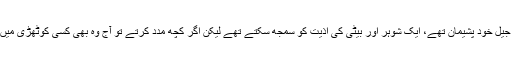
سپرینڈنٹ جیل خود پشیمان تھے، ایک شوہر اور بیٹی کی اذیت کو سمجھ سکتے تھے لیکن اگر کچھ مدد کرتے تو آج وہ بھی کسی کوٹھڑی میں قید ہوتے۔